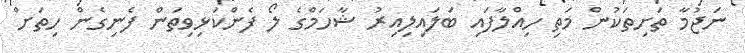
ނަޖުމާ ތަށިތަކުން މަތި ހިއްލާފައި ބަލައިލިއިރު ޝާހަމްގެ ލޯ ފެންކަޅިވިތަން ފެނިގެން ހިތަށް